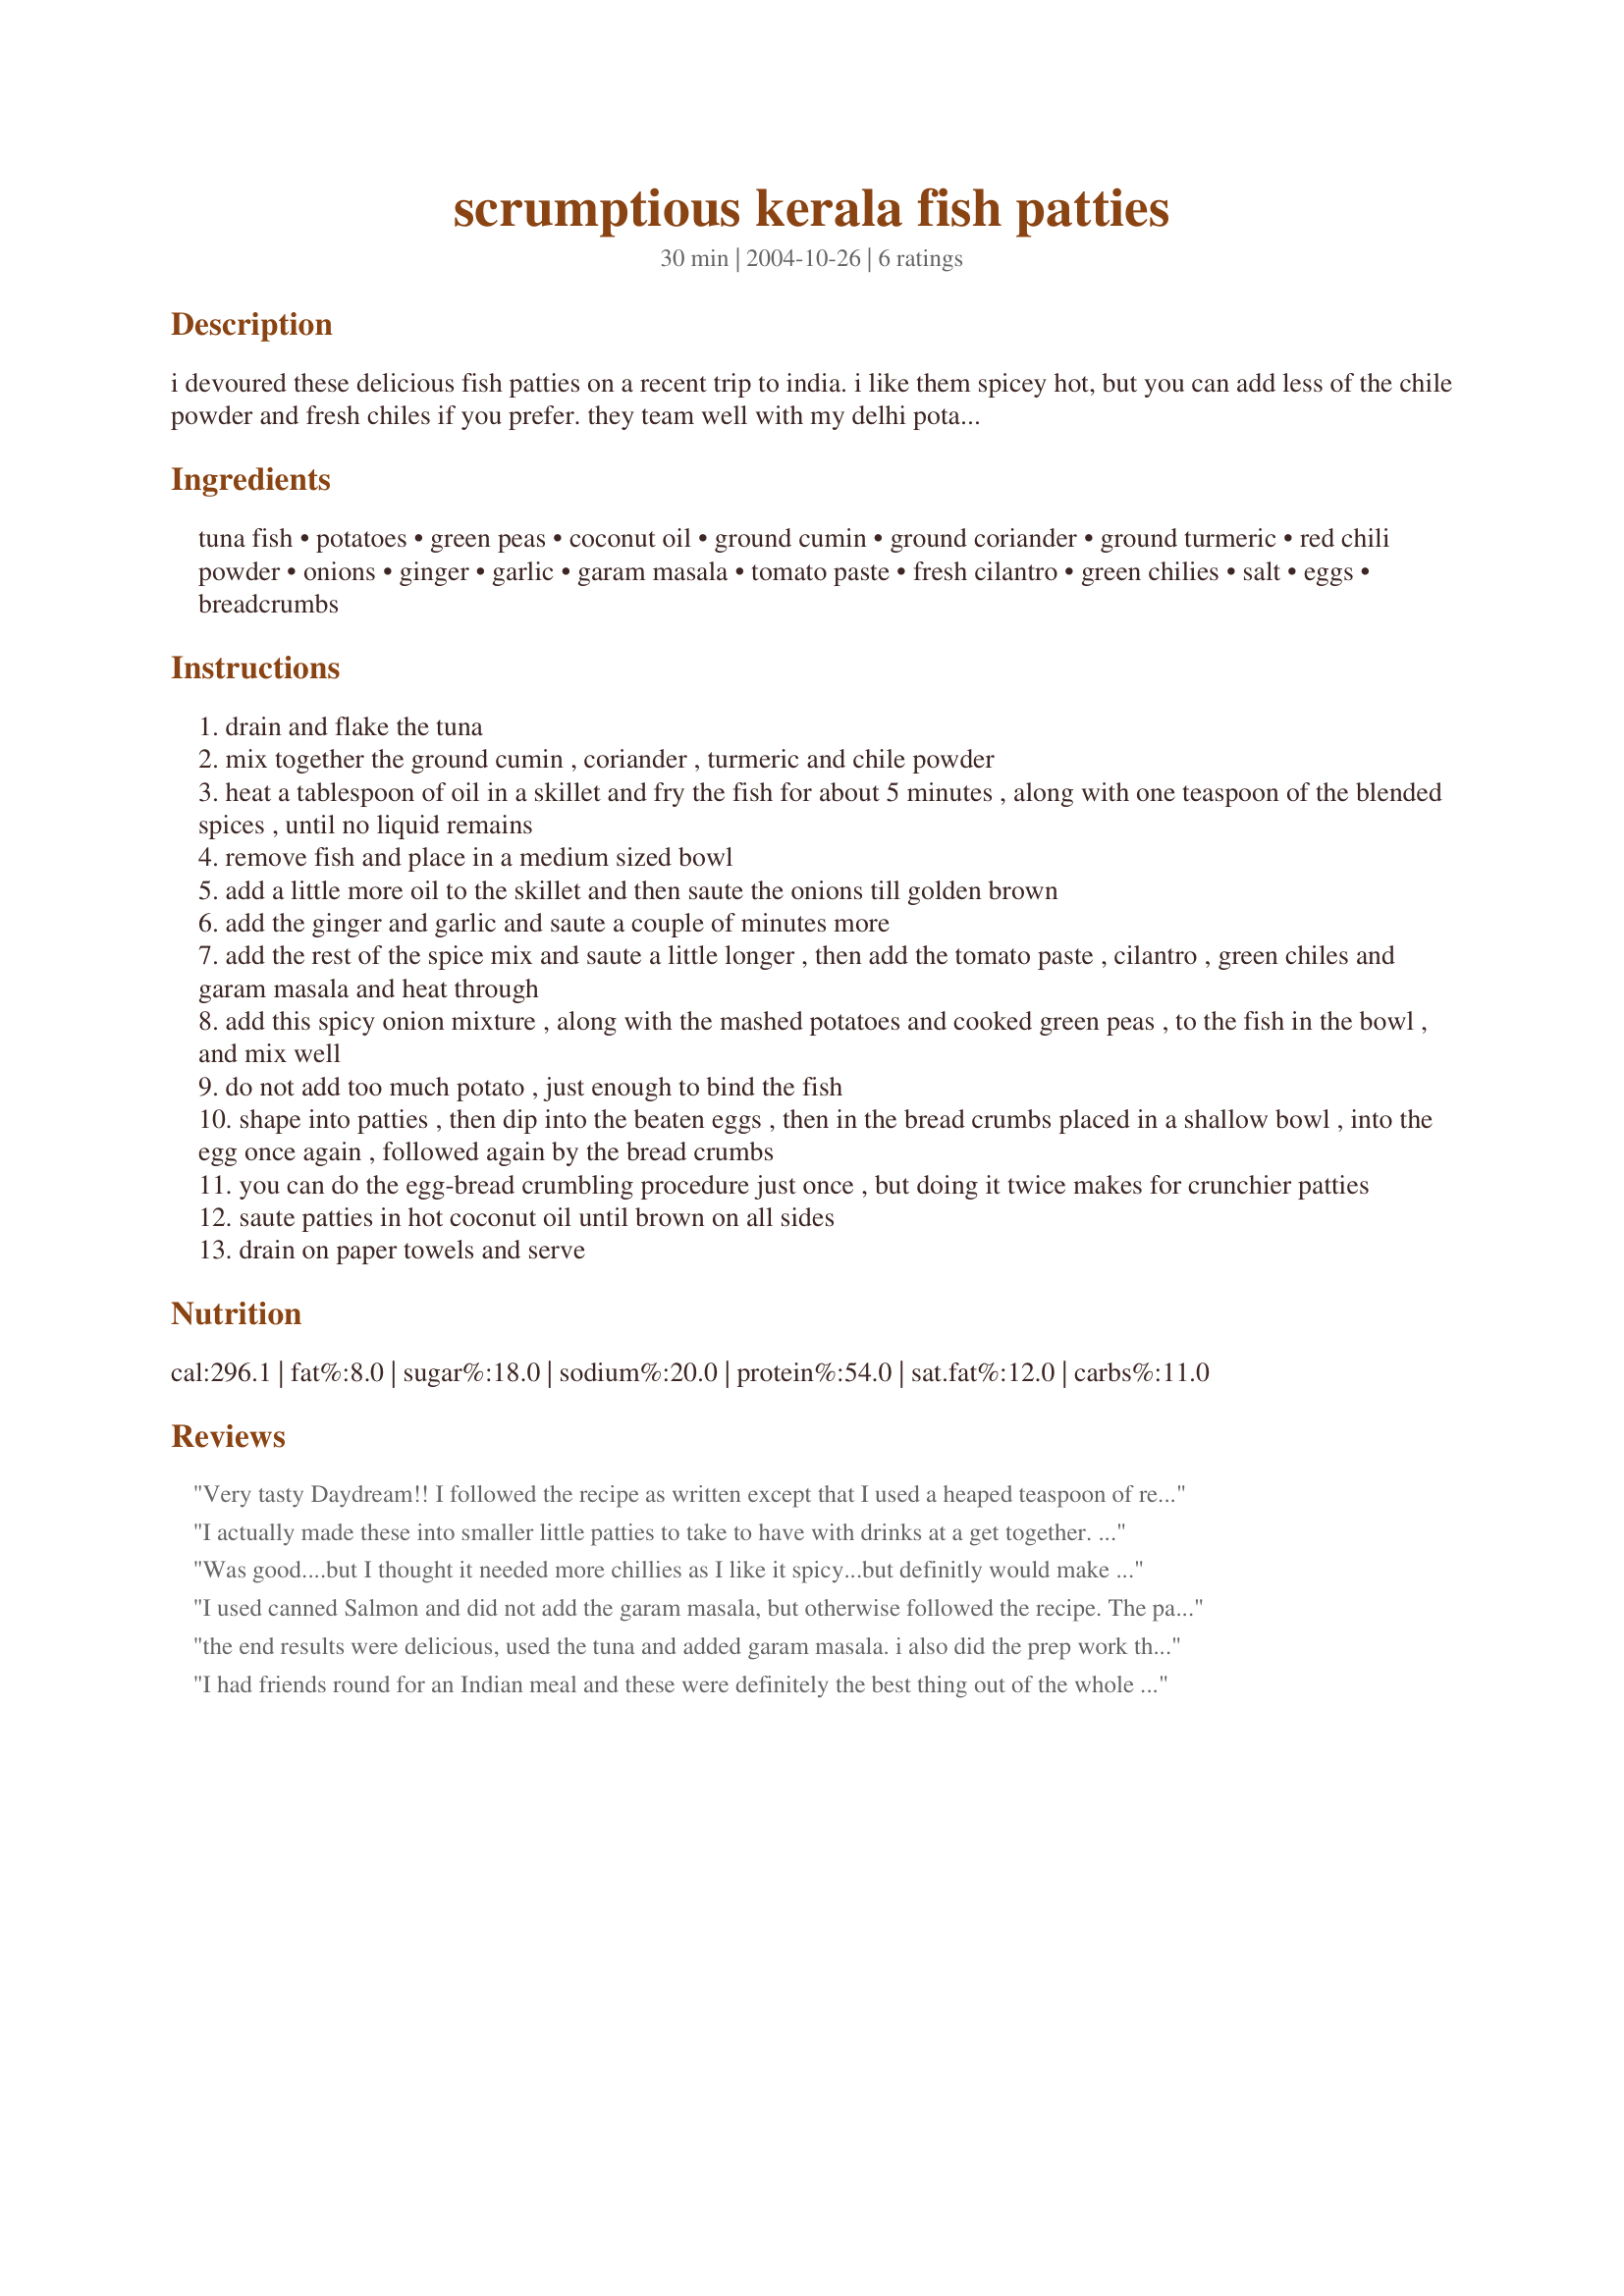
scrumptious kerala fish patties
Preparation time: 30 minutes

i devoured these delicious fish patties on a recent trip to india. i like them spicey hot, but you can add less of the chile powder and fresh chiles if you prefer. they team well with my delhi potatoes (recipe #77931), a fresh green salad, and an indian chutney of your choice. adapted from a recipe by madhumita das.

Ingredients:
tuna fish, potatoes, green peas, coconut oil, ground cumin, ground coriander, ground turmeric, red chili powder, onions, ginger, garlic, garam masala, tomato paste, fresh cilantro, green chilies, salt, eggs, breadcrumbs

Steps:
drain and flake the tuna
mix together the ground cumin , coriander , turmeric and chile powder
heat a tablespoon of oil in a skillet and fry the fish for about 5 minutes , along with one teaspoon of the blended spices , until no liquid remains
remove fish and place in a medium sized bowl
add a little more oil to the skillet and then saute the onions till golden brown
add the ginger and garlic and saute a couple of minutes more
add the rest of the spice mix and saute a little longer , then add the tomato paste , cilantro , green chiles and garam masala and heat through
add this spicy onion mixture , along with the mashed potatoes and cooked green peas , to the fish in the bowl , and mix well
do not add too much potato , just enough to bind the fish
shape into patties , then dip into the beaten eggs , then in the bread crumbs placed in a shallow bowl , into the egg once again , followed again by the bread crumbs
you can do the egg-bread crumbling procedure just once , but doing it twice makes for crunchier patties
saute patties in hot coconut oil until brown on all sides
drain on paper towels and serve

Reviews:
Very tasty Daydream!! I followed the recipe as written except that I used a heaped teaspoon of red chili flakes rather than the powder and I made the patties small, appetizer size.
Definitely a make again recipe!!
I actually made these into smaller little patties to take to have with drinks at a get together. They really went over well. I did take the seeds out of the chillies, as I know some people would not like them as hot as me.
Also just used 2 of them. This will be a favourite for me, thought they were great.
Was good....but I thought it needed more chillies as I like it spicy...but definitly would make it again with more spice....
I used canned Salmon and did not add the garam masala, but otherwise followed the recipe. The patties held together nicely and had a welcome change of taste for a fish cake. In the interest of time, because for me this is weeknight convienence food, I chopped up all the ingredients the night before, so I could put it all together quickly the next night.
the end results were delicious, used the tuna and added garam masala. i also did the prep work the night before. they were so good with steamed basmati rice, and lime pickle
I had friends round for an Indian meal and these were definitely the best thing out of the whole banquet. And also the easiest to make (I hadn't realised Indian cooking was so labour intensive). They were delicious hot, but even better cold. (So would be brilliant for picnics or cold buffets). I'm a bit of a wimp when it comes to chillis so only used one, and instead of making what must be 8 huge patties I made about 16 smaller ones.
